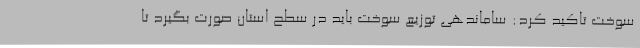
سوخت تاکید کرد: ساماندهی توزیع سوخت باید در سطح استان صورت بگیرد تا